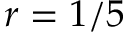
r = 1 / 5